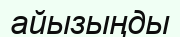
айызыңды